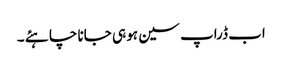
اب ڈراپ سین ہو ہی جانا چا ہئے ۔